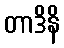
တာဒိနိ